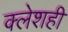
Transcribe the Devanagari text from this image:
क्लेशही